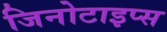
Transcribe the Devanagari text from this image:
जिनोटाइप्स